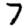
Digit: 7